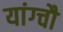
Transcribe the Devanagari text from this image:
यांग्चौ